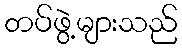
တပ်ဖွဲ့များသည်